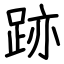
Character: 跡